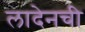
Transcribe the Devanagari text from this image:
लादेनची